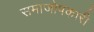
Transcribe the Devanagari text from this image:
समाजोपकारी